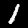
Digit: 1